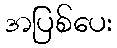
အပြစ်ပေး